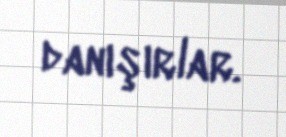
danışırlar.